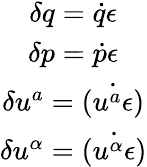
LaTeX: \begin{array}{c}{\delta q=\dot{q}\epsilon}\\ {\delta p=\dot{p}\epsilon}\\ {\delta u^{a}=\dot{(u^{a}\epsilon)}}\\ {\delta u^{\alpha}=\dot{(u^{\alpha}\epsilon)}}\end{array}